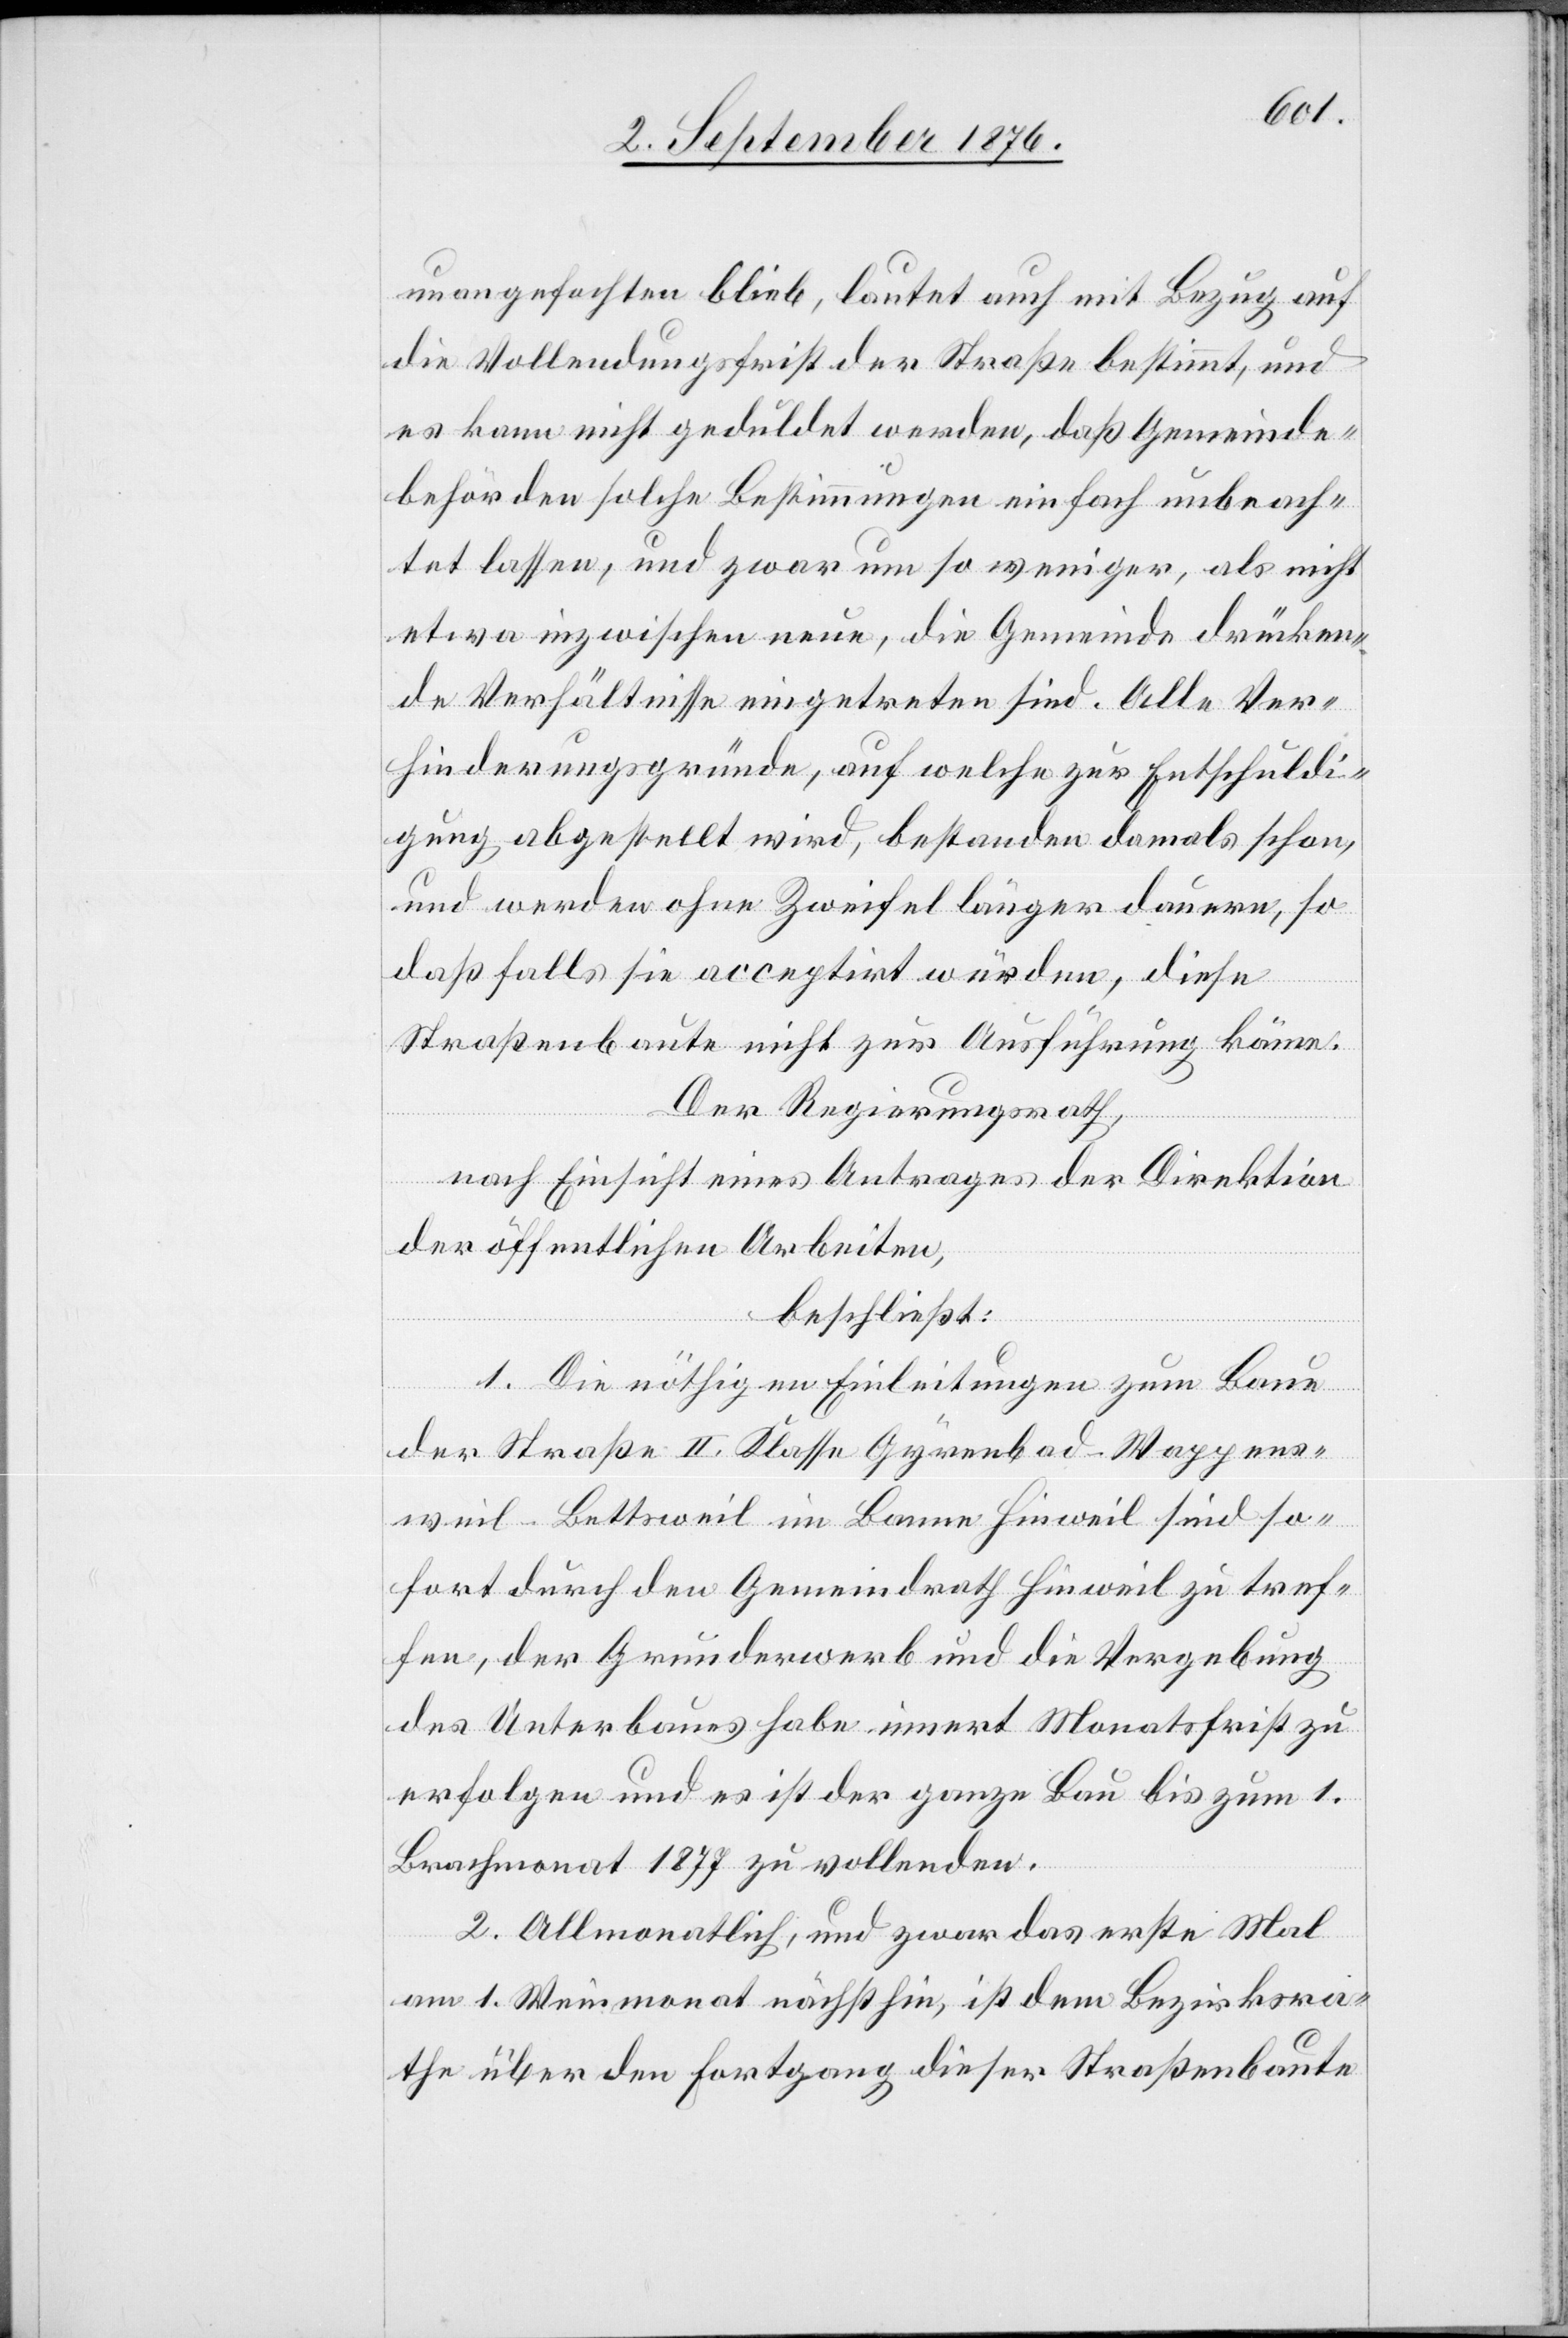
unangefochten blieb, lautet auch mit Bezug auf
die Vollendungsfrist der Straße bestimmt, und
es kann nicht geduldet werden, daß Gemeinde¬
behörden solche Bestimmungen einfach unbeach¬
tet lassen, und zwar um so weniger, als nicht
etwa inzwischen neue, die Gemeinde drücken¬
de Verhältnisse eingetreten sind. Alle Ver¬
hinderungsgründe, auf welche zur Entschuldi¬
gung abgestellt wird, bestanden damals schon,
und werden ohne Zweifel länger dauern so
daß falls sie acceptirt würden, diese
Straßenbaute nicht zur Ausführung käme.
Der Regierungsrath,
nach Einsicht eines Antrages der Direktion
der öffentlichen Arbeiten,
beschließt:
1. Die nöthigen Einleitungen zum Baue
der Straße II. Klasse Gyrenbad–Wappens¬
weil–Bettsweil im Banne Hinweil sind so¬
fort durch den Gemeindrath Hinweil zu tref¬
fen, der Grunderwerb und die Vergebung
des Unterbaues habe innert Monatsfrist zu
erfolgen und es ist der ganze Bau bis zum 1.
Brachmonat 1877 zu vollenden.
2. Allmonatlich, und zwar das erste Mal
am 1. Weinmonat nächsthin, ist dem Bezirksra¬
the über den Fortgang dieser Straßenbaute